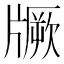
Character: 𱭡